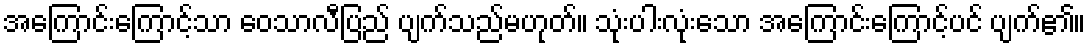
အကြောင်းကြောင့်သာ ဝေသာလီပြည် ပျက်သည်မဟုတ်။ သုံးပါးလုံးသော အကြောင်းကြောင့်ပင် ပျက်၏။